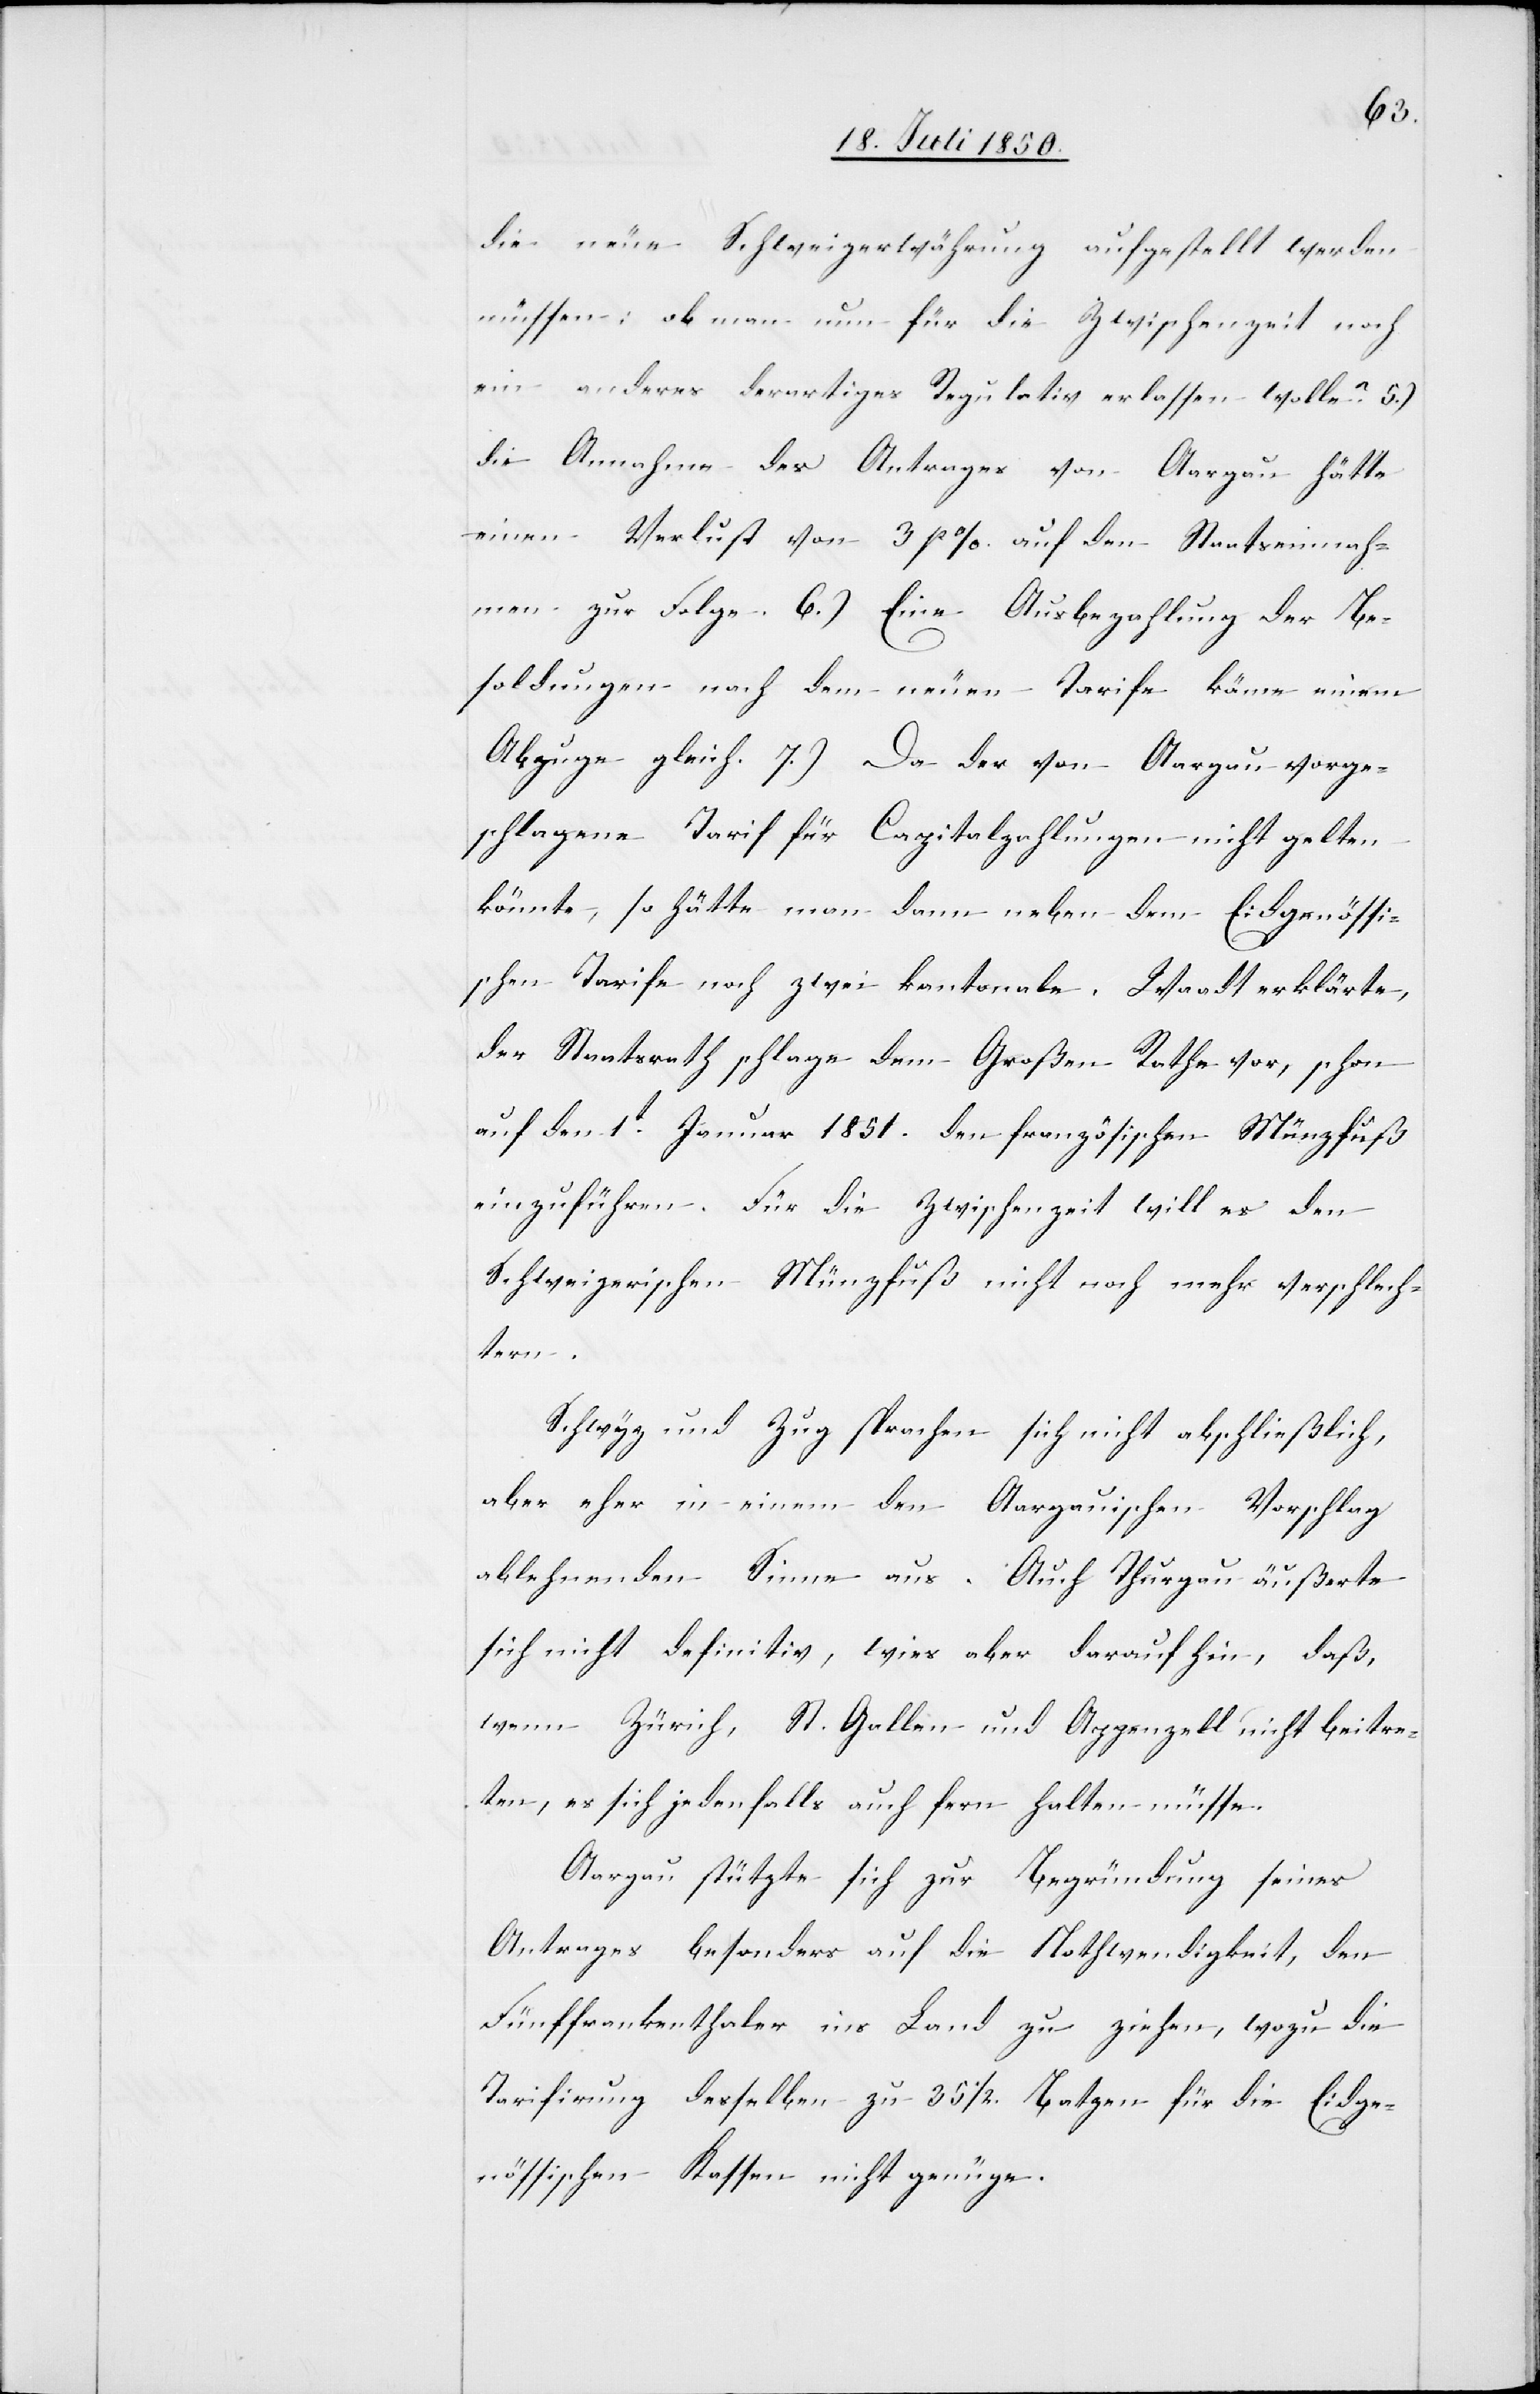
die neue Schweizerwährung aufgestellt werden
müssen: ob man nun für die Zwischenzeit noch
ein anderes derartiges Regulativ erlassen wolle? 5.)
die Annahme des Antrages von Aargau hätte
einen Verlust von 3 % auf den Staatseinnah¬
men zur Folge. 6.) Eine Ausbezahlung der Be¬
soldungen nach dem neuen Tarife käme einem
Abzuge gleich. 7.) Da der von Aargau vorge¬
schlagene Tarif für Capitalzahlungen nicht gelten
könnte, so hätte man dann neben dem Eidgenössi¬
schen Tarife noch zwei kantonale. Waadt erklärte,
der Staatsrath schlage dem Großen Rathe vor, schon
auf den 1t Januar 1851. den französischen Münzfuß
einzuführen. Für die Zwischenzeit will es den
Schweizerischen Münzfuß nicht noch mehr verschlech¬
tern.
Schwyz und Zug sprachen sich nicht abschließlich,
aber eher in einem den Aargauischen Vorschlag
ablehnenden Sinne aus. Auch Thurgau äußerte
sich nicht definitiv, wies aber darauf hin, daß,
wenn Zürich, St. Gallen und Appenzell nicht beitre¬
ten, es sich jedenfalls auch fern halten müsse.
Aargau stützte sich zur Begründung seines
Antrages besonders auf die Nothwendigkeit, den
Fünffrankenthaler ins Land zu ziehen, wozu die
Tarifirung desselben zu 35 1/2. Batzen für die Eidge¬
nössischen Kassen nicht genüge.